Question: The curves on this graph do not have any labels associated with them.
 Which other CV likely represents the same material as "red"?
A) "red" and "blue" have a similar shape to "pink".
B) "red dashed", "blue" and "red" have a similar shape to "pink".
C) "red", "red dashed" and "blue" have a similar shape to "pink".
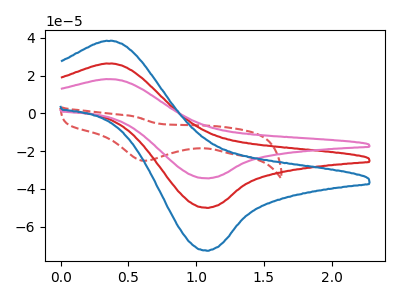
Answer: <think>The red curve "red" has an anodic peak at (0.40V, 26.40uA) and a cathodic peak at (1.10V, -50.00uA). The red dashed curve "red dashed" has a cathodic peak at: (0.60V, -25.10uA). The pink curve "pink" has an anodic peak at (0.40V, 18.15uA) and a cathodic peak at (1.10V, -34.40uA). The blue curve "blue" has an anodic peak at (0.40V, 52.75uA) and a cathodic peak at (1.10V, -100.00uA).
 "red" and "red dashed" have a different number of peaks. All the peaks in "red" have a peak in "pink" at the same potential. Every peak in "red" is higher than every peak in "pink". All the peaks in "red" have a peak in "blue" at the same potential. Every peak in "red" is lower than every peak in "blue". "red dashed" and "pink" have a different number of peaks. "red dashed" and "blue" have a different number of peaks. All the peaks in "pink" have a peak in "blue" at the same potential. Every peak in "pink" is lower than every peak in "blue".</think>
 <answer>A) "red" and "blue" have a similar shape to "pink".</answer>
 <eval>A</eval>